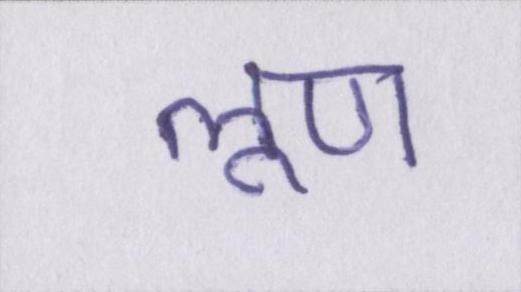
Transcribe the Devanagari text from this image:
लूण